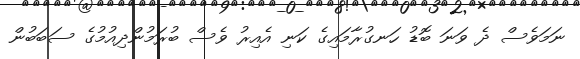
ނަމަވެސް ދެ ވަނަ ބޮޑު ހަނގުރާމައިގެ ކަނި އެއިރު ވެސް ބުރަމުންދިއުމުގެ ސަބަބުން